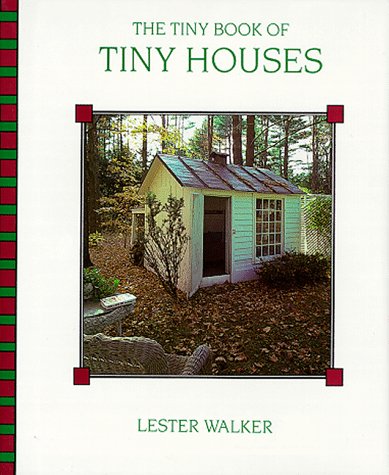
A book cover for Tiny Book of Tiny Houses; Lester Walker; Crafts, Hobbies & Home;